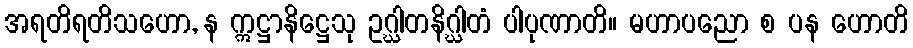
အရတိရတိသဟော, န ဣဋ္ဌာနိဋ္ဌေသု ဥဂ္ဃါတနိဂ္ဃါတံ ပါပုဏာတိ။ မဟာပညော စ ပန ဟောတိ